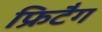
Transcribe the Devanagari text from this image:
फ्रिटैग